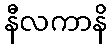
နီလကာနိ